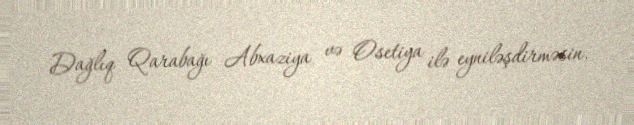
Dağlıq Qarabağı Abxaziya və Osetiya ilə eyniləşdirməsin.